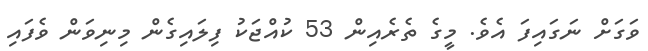
ވަގަށް ނަގައިފަ އެވެ. މީގެ ތެރެއިން 53 ކުއްޖަކު ފިލައިގެން މިނިވަން ވެފައި